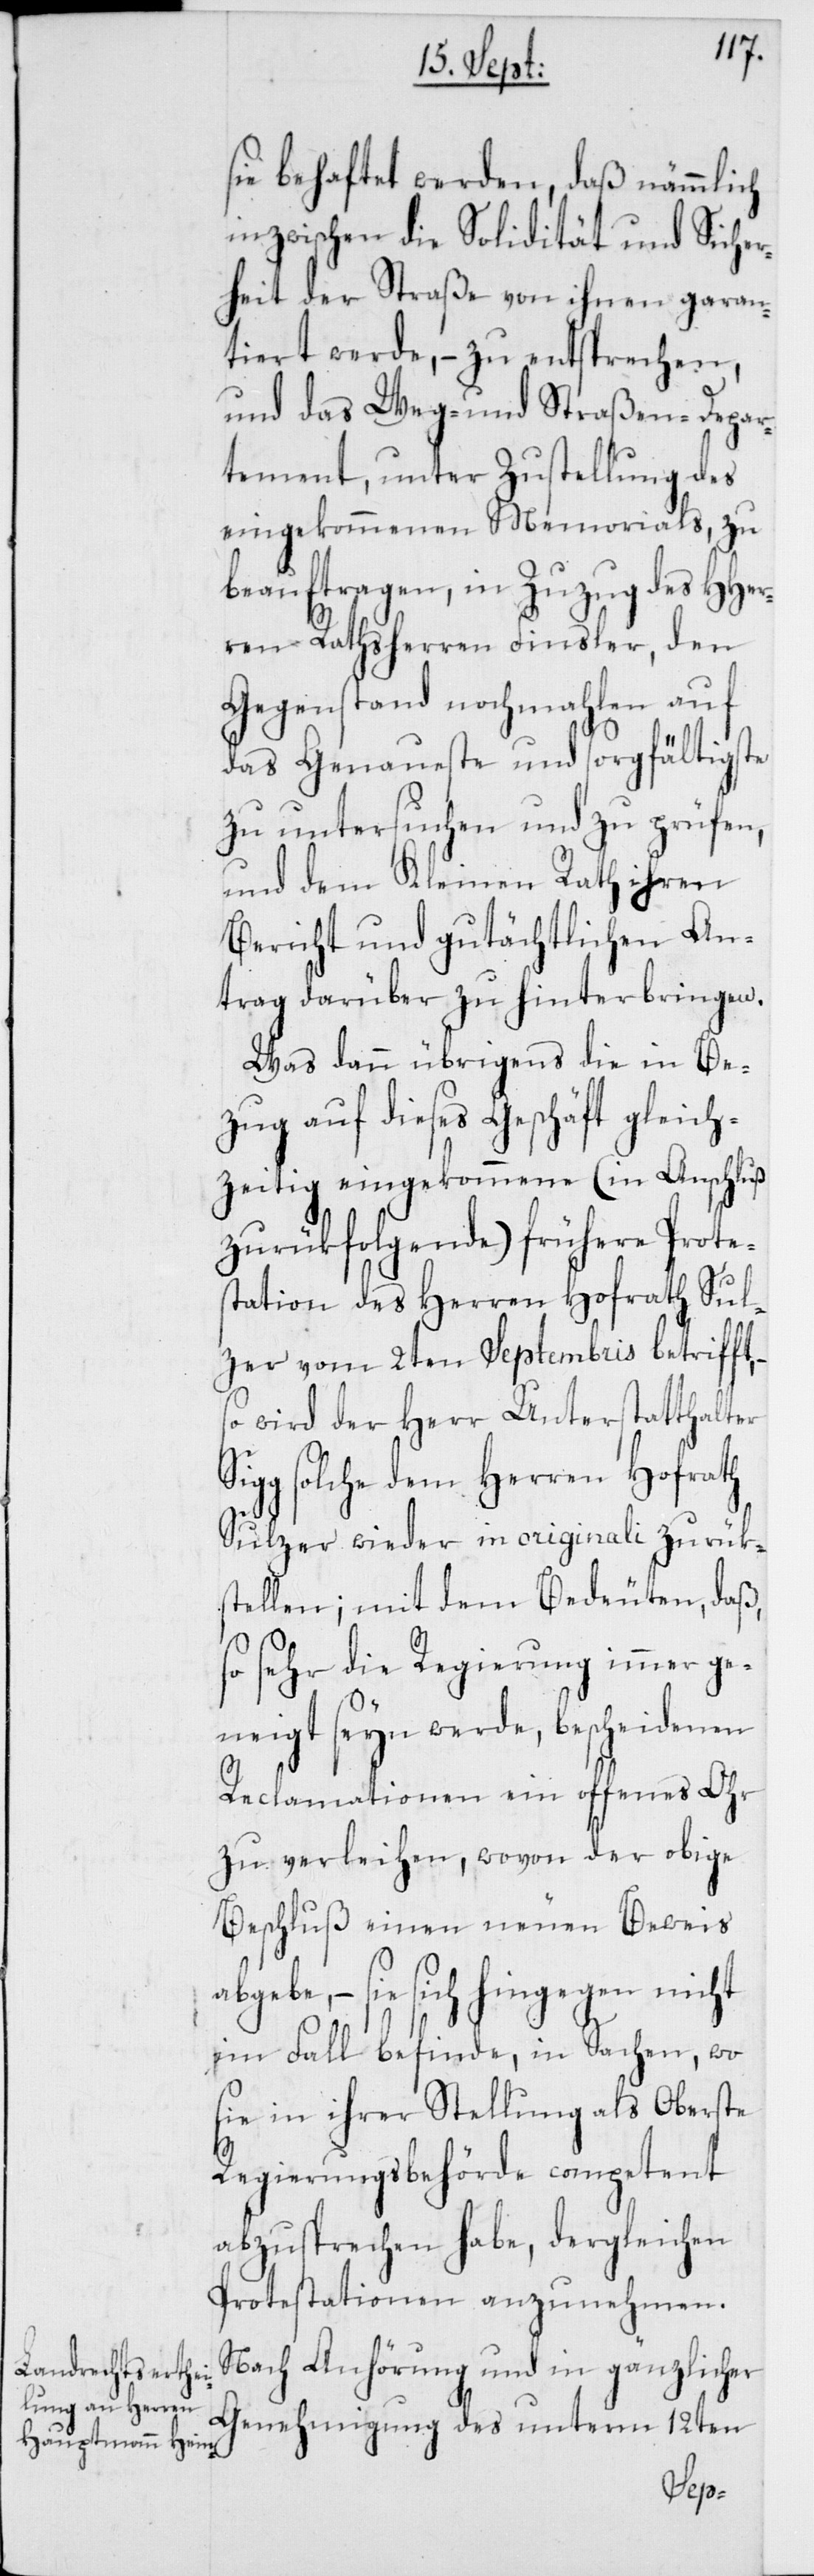
sie behaftet werden, daß nämmlich
inzwischen die Solidität und Sicher¬
heit der Straße von ihnen garan¬
tiert werde, – zu entsprechen,
und das Weg- und Straßen-Depar¬
tement, unter Zustellung des
eingekommenen Memorials, zu
beauftragen, in Zuzug des HHer¬
ren Rathsherren Finsler, den
Gegenstand nochmahlen auf
das Genaueste und sorgfältigste
zu untersuchen und zu prüfen,
und dem Kleinen Rath ihren
Bericht und gutächtlichen An¬
trag darüber zu hinterbringen.
Was dann übrigens die in Be¬
zug auf dieses Geschäft gleich¬
zeitig eingekommene (in Anschluß
zurükfolgende) frühere Prote¬
station des Herren Hofrath Sul¬
zer vom 2ten Septembris betrifft,
so wird der Herr Unterstatthalter
solche dem Herren Hofrath
Sulzer wieder in originali zurük¬
stellen; mit dem Bedeuten, daß,
so sehr die Regierung immer ge¬
neigt seyn werde, bescheidenen
Reclamationen ein offenes Ohr
zu verleihen, wovon der obige
Beschluß einen neuen Beweis
abgebe, – sie sich hingegen nicht
im Fall befinde, in Sachen, wo
sie in ihrer Stellung als Oberste
Regierungsbehörde competent
abzusprechen habe, dergleichen
Protestationen anzunehmen.
Nach Anhörung und in gänzlicher
Genehmigung des unterm 12ten